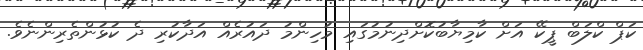
ކަޕް ކްލަބް ޕީކޭ އަށް ކާމިޔާބުކޮށްދިނުމުގައި މުހިންމު ދައުރެއް އަދާކުރި ދެ ކުޅުންތެރިންނެވެ.